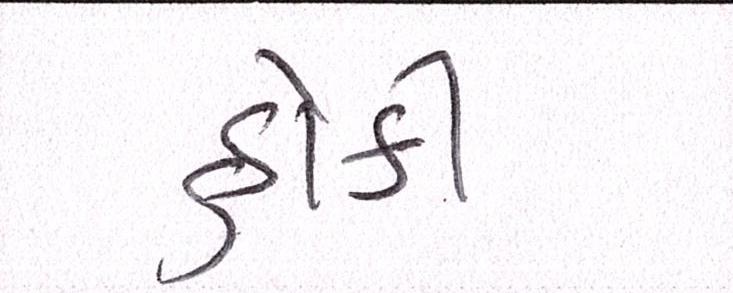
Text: હોકી